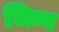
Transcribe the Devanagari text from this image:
भिन्न